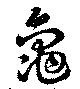
亀